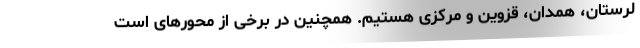
لرستان، همدان، قزوین و مرکزی هستیم. همچنین در برخی از محورهای است